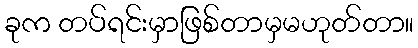
ခုက တပ်ရင်းမှာဖြစ်တာမှမဟုတ်တာ။